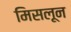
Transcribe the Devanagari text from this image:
मिसलून